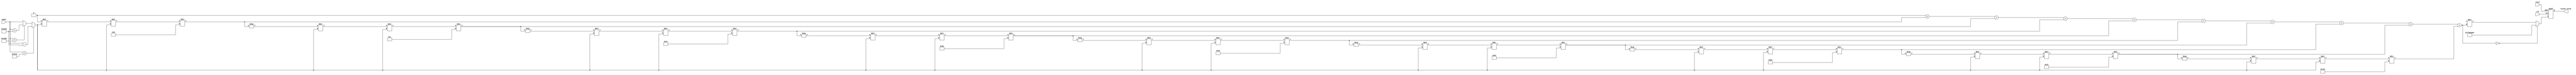
module secant (
    input wire signed [15:0] angle,  // Input angle in radians (fixed-point representation)
    output reg signed [31:0] secant_value, // Output secant value (fixed-point representation)
    input wire clk,
    input wire reset
);
    // Constants
    parameter PI = 16'h3243; // Approximation of  in fixed-point
    parameter PI_OVER_2 = 16'h1921; // Approximation of /2 in fixed-point
    parameter INFINITY = 32'h7F800000; // Representation of infinity in IEEE 754

    // Internal signals
    reg signed [15:0] normalized_angle;
    reg signed [31:0] cos_value;
    reg valid;

    // Normalize angle to range [-, ]
    always @(*) begin
        if (angle > PI) begin
            normalized_angle = angle - (2 * PI);
        end else if (angle < -PI) begin
            normalized_angle = angle + (2 * PI);
        end else begin
            normalized_angle = angle;
        end
    end

    // Cosine calculation using Taylor series approximation
    function signed [31:0] cosine(input signed [15:0] x);
        // Taylor series: cos(x) = 1 - x^2/2! + x^4/4! - x^6/6! + ...
        reg signed [31:0] term;
        reg signed [31:0] sum;
        integer i;

        begin
            sum = 32'h100000000; // Start with 1.0 in fixed-point
            term = 32'h100000000; // First term (1.0)
            for (i = 1; i < 10; i = i + 1) begin
                term = -term * x * x / (2 * i * (2 * i - 1)); // Calculate term
                sum = sum + term; // Add term to sum
            end
            cosine = sum;
        end
    endfunction

    // Main process to calculate secant
    always @(posedge clk or posedge reset) begin
        if (reset) begin
            secant_value <= 0;
            valid <= 0;
        end else begin
            cos_value = cosine(normalized_angle);
            if (cos_value == 0) begin
                secant_value <= INFINITY; // Handle division by zero
                valid <= 0;
            end else begin
                secant_value <= (32'h100000000 / cos_value); // Calculate secant
                valid <= 1;
            end
        end
    end
endmodule